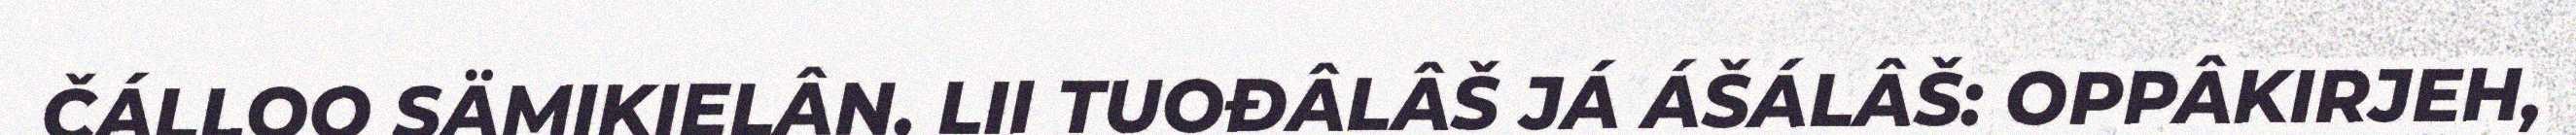
ČÁLLOO SÄMIKIELÂN, LII TUOĐÂLÂŠ JÁ ÁŠÁLÂŠ: OPPÂKIRJEH,